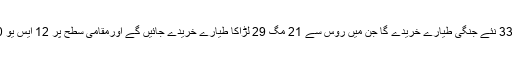
کونسل کی منظوری کے بعد بھارت 33 نئے جنگی طیارے خریدے گا جن میں روس سے 21 مگ 29 لڑاکا طیارے خریدے جائیں گے اورمقامی سطح پر 12 ایس یو 30 ایم کے آئی طیارے تیار ہوں گے۔